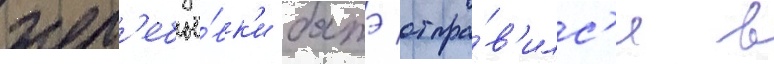
жер'ебьё́вк'и батэ отпра́в'илс'я в